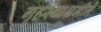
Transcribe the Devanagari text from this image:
गृहस्थाश्रमीने